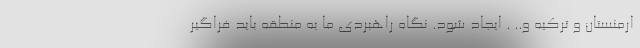
ارمنستان و ترکیه و.. . ایجاد شود. نگاه راهبردی ما به منطقه باید فراگیر